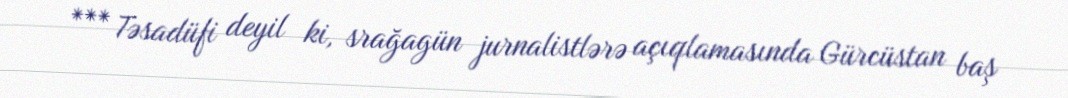
*** Təsadüfi deyil ki, srağagün jurnalistlərə açıqlamasında Gürcüstan baş